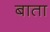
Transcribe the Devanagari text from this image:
बाता